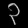
Digit: ၃